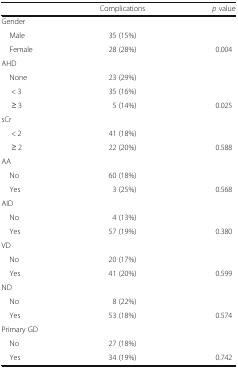
<table><thead><tr><td>[EMPTY_CELL]</td><td><b>Complications</b></td><td><b><i>p</i> value</b></td></tr></thead><tbody><tr><td colspan="3">Gender</td></tr><tr><td> Male</td><td>35 (15%)</td><td>[EMPTY_CELL]</td></tr><tr><td> Female</td><td>28 (28%)</td><td>0.004</td></tr><tr><td colspan="3">AHD</td></tr><tr><td> None</td><td>23 (29%)</td><td>[EMPTY_CELL]</td></tr><tr><td>&lt; 3</td><td>35 (16%)</td><td>[EMPTY_CELL]</td></tr><tr><td>≥ 3</td><td>5 (14%)</td><td>0.025</td></tr><tr><td colspan="3">sCr</td></tr><tr><td>&lt; 2</td><td>41 (18%)</td><td>[EMPTY_CELL]</td></tr><tr><td>≥ 2</td><td>22 (20%)</td><td>0.588</td></tr><tr><td colspan="3">AA</td></tr><tr><td> No</td><td>60 (18%)</td><td>[EMPTY_CELL]</td></tr><tr><td> Yes</td><td>3 (25%)</td><td>0.568</td></tr><tr><td colspan="3">AID</td></tr><tr><td> No</td><td>4 (13%)</td><td>[EMPTY_CELL]</td></tr><tr><td> Yes</td><td>57 (19%)</td><td>0.380</td></tr><tr><td colspan="3">VD</td></tr><tr><td> No</td><td>20 (17%)</td><td>[EMPTY_CELL]</td></tr><tr><td> Yes</td><td>41 (20%)</td><td>0.599</td></tr><tr><td colspan="3">ND</td></tr><tr><td> No</td><td>8 (22%)</td><td>[EMPTY_CELL]</td></tr><tr><td> Yes</td><td>53 (18%)</td><td>0.574</td></tr><tr><td colspan="3">Primary GD</td></tr><tr><td> No</td><td>27 (18%)</td><td>[EMPTY_CELL]</td></tr><tr><td> Yes</td><td>34 (19%)</td><td>0.742</td></tr></tbody></table>